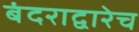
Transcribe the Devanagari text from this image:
बंदराद्वारेच